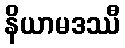
နိယာမဒဿီ